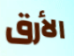
الأرق